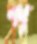
প